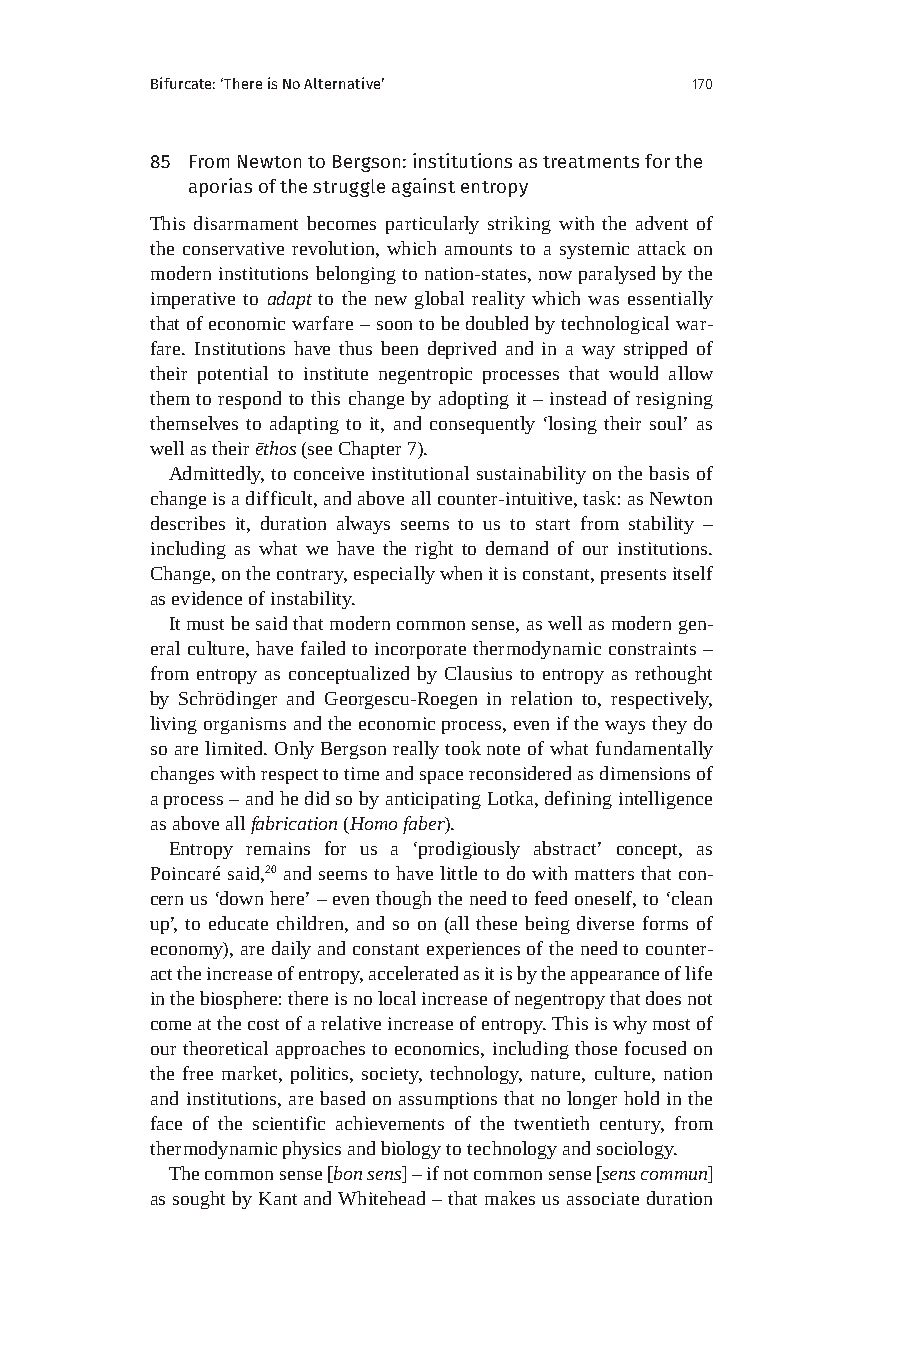
Bifurcate: ‘There is No Alternative’ 170
 85 From Newton to Bergson: institutions as treatments for the
 aporias of the struggle against entropy
 This disarmament becomes particularly striking with the advent of
 the conservative revolution, which amounts to a systemic attack on
 modern institutions belonging to nation-states, now paralysed by the
 imperative to adapt to the new global reality which was essentially
 that of economic warfare – soon to be doubled by technological war-
 fare. Institutions have thus been deprived and in a way stripped of
 their potential to institute negentropic processes that would allow
 them to respond to this change by adopting it – instead of resigning
 themselves to adapting to it, and consequently ‘losing their soul’ as
 well as their ēthos (see Chapter 7).
 Admittedly, to conceive institutional sustainability on the basis of
 change is a difficult, and above all counter-intuitive, task: as Newton
 describes it, duration always seems to us to start from stability –
 including as what we have the right to demand of our institutions.
 Change, on the contrary, especially when it is constant, presents itself
 as evidence of instability.
 It must be said that modern common sense, as well as modern gen-
 eral culture, have failed to incorporate thermodynamic constraints –
 from entropy as conceptualized by Clausius to entropy as rethought
 by Schrödinger and Georgescu-Roegen in relation to, respectively,
 living organisms and the economic process, even if the ways they do
 so are limited. Only Bergson really took note of what fundamentally
 changes with respect to time and space reconsidered as dimensions of
 a process – and he did so by anticipating Lotka, defining intelligence
 as above all fabrication (Homo faber).
 Entropy remains for us a ‘prodigiously abstract’ concept, as
 Poincaré said,20 and seems to have little to do with matters that con-
 cern us ‘down here’ – even though the need to feed oneself, to ‘clean
 up’, to educate children, and so on (all these being diverse forms of
 economy), are daily and constant experiences of the need to counter-
 act the increase of entropy, accelerated as it is by the appearance of life
 in the biosphere: there is no local increase of negentropy that does not
 come at the cost of a relative increase of entropy. This is why most of
 our theoretical approaches to economics, including those focused on
 the free market, politics, society, technology, nature, culture, nation
 and institutions, are based on assumptions that no longer hold in the
 face of the scientific achievements of the twentieth century, from
 thermodynamic physics and biology to technology and sociology.
 The common sense [bon sens] – if not common sense [sens commun]
 as sought by Kant and Whitehead – that makes us associate duration